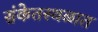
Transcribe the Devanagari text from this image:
संकेतस्थळात